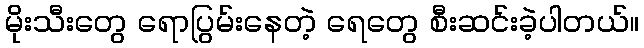
မိုးသီးတွေ ရောပြွမ်းနေတဲ့ ရေတွေ စီးဆင်းခဲ့ပါတယ်။